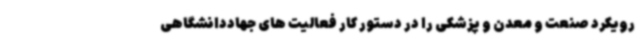
رویکرد صنعت و معدن و پزشکی را در دستور کار فعالیت های جهاددانشگاهی